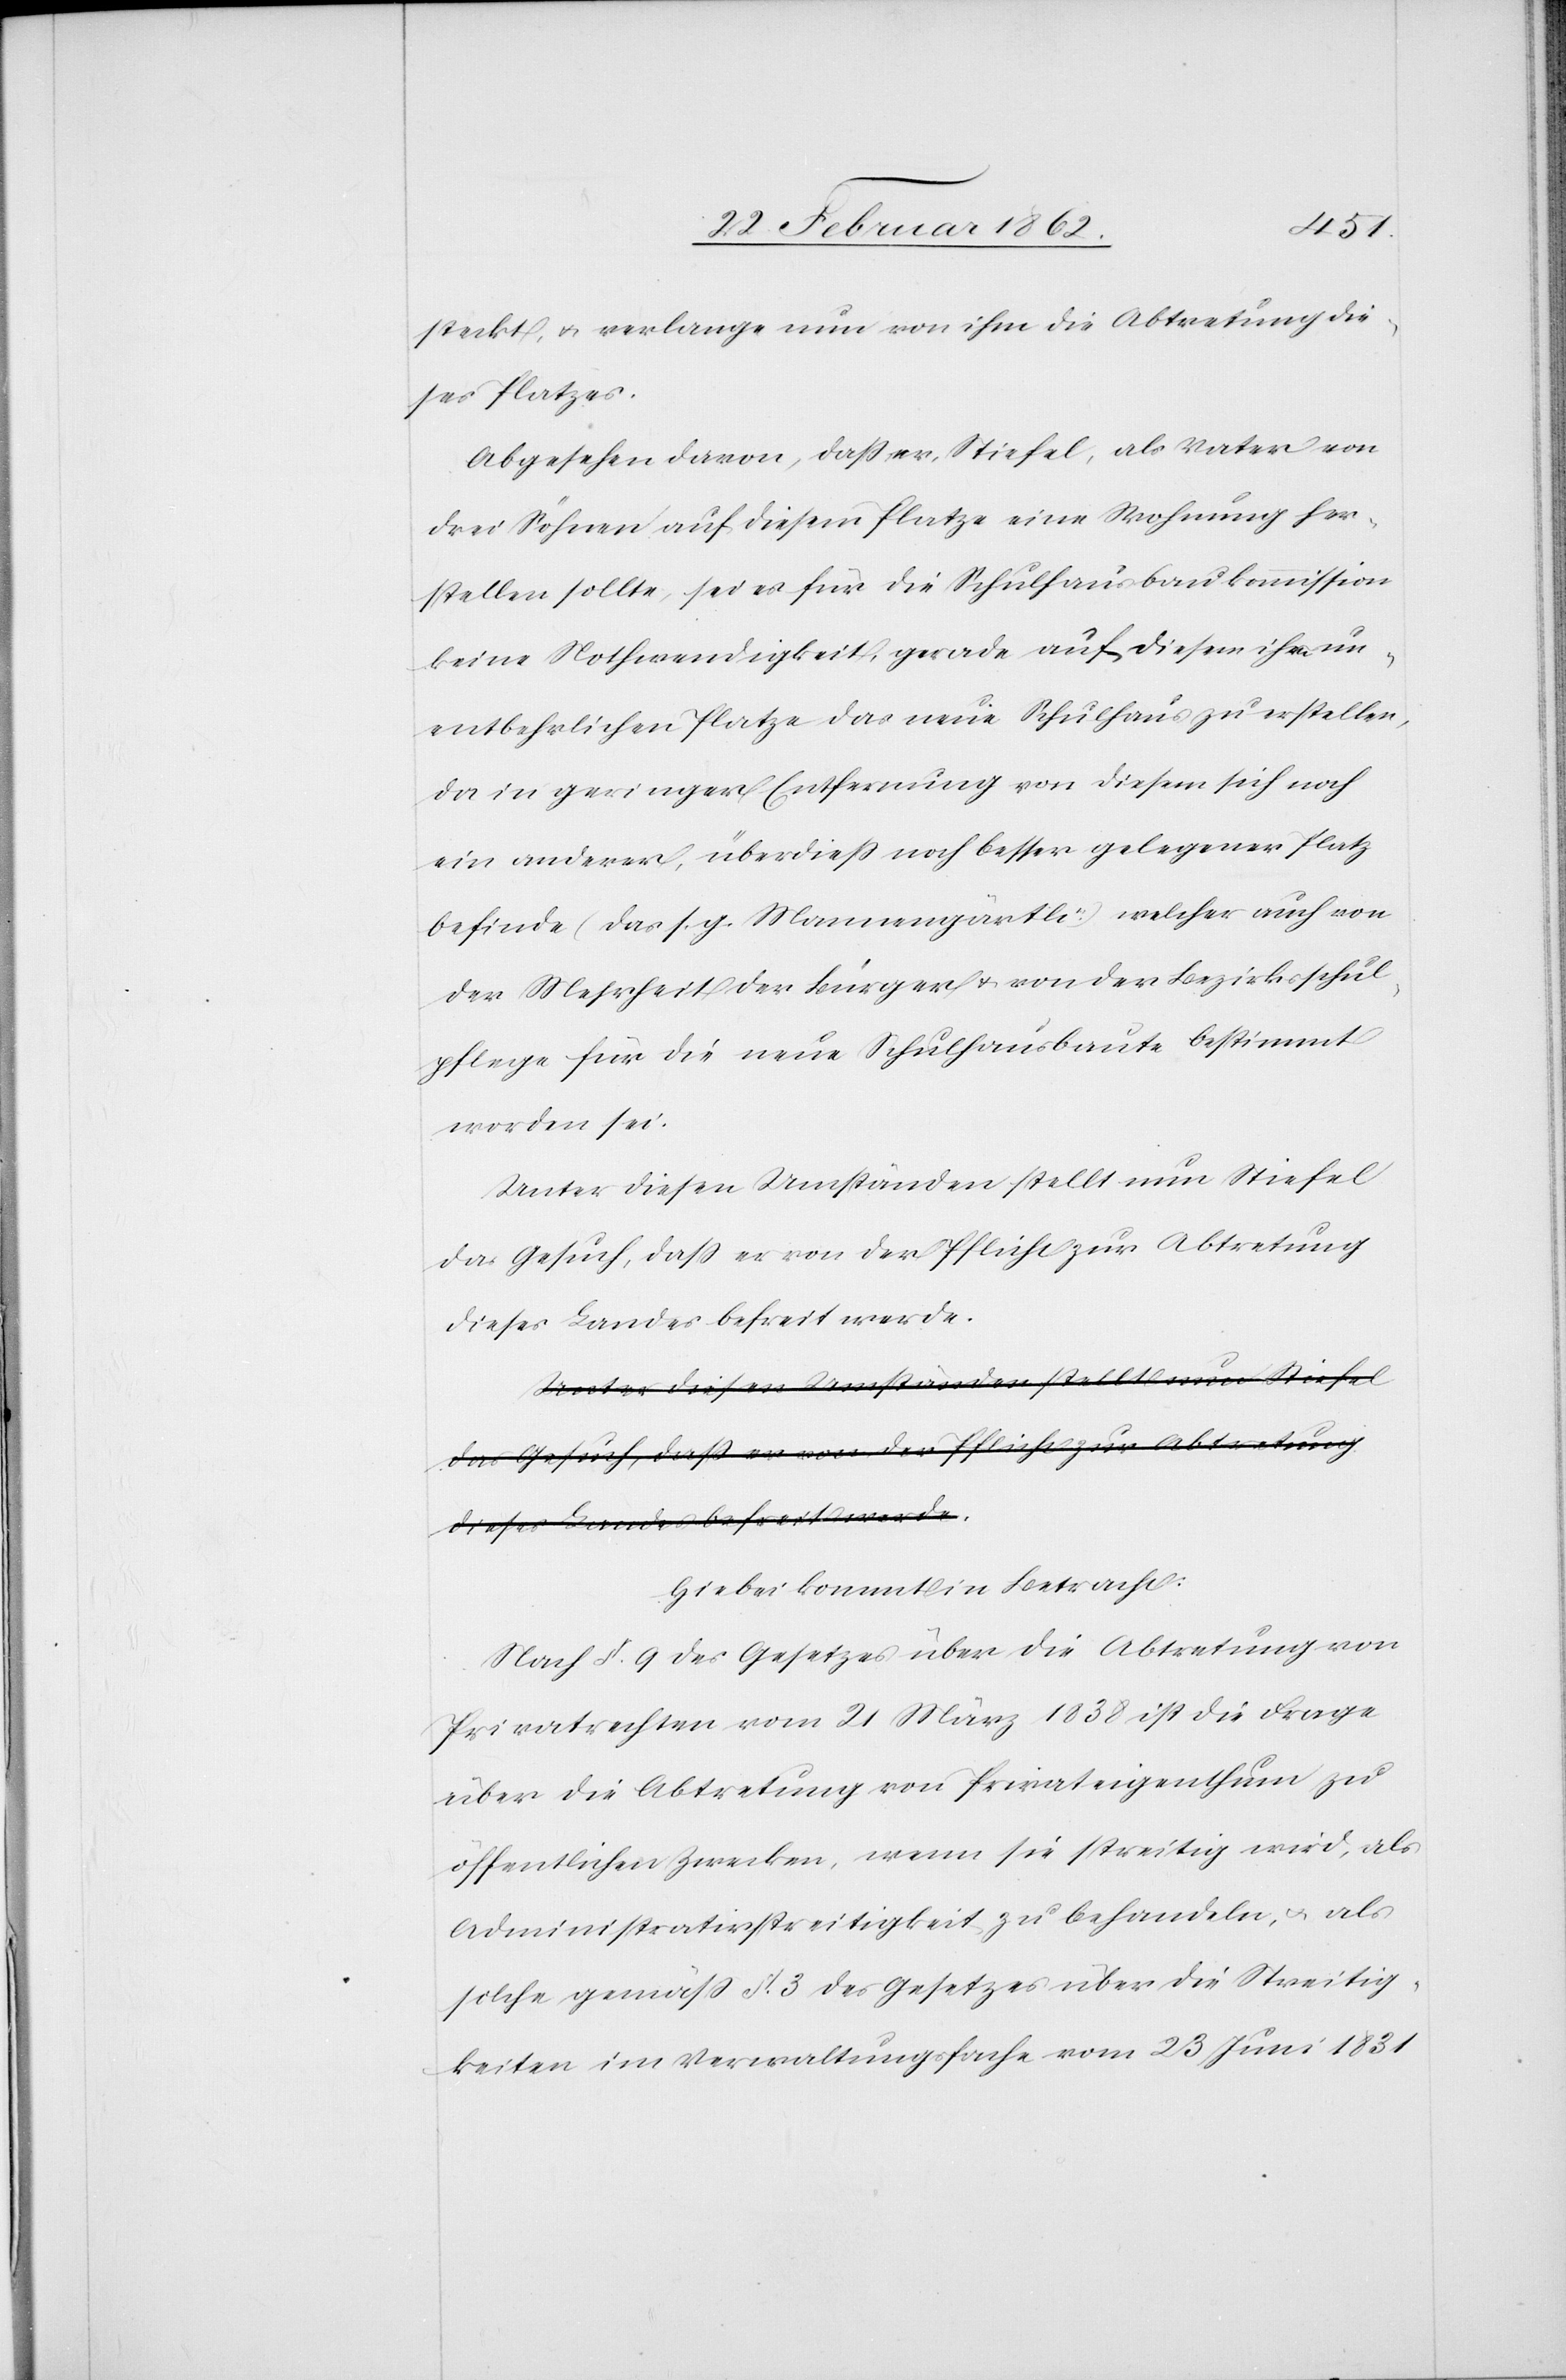
steckt, u. verlange nun von ihm die Abtretung die¬
ses Platzes.
Abgesehen davon, daß er, Stiefel, als Vater von
drei Söhnen auf diesem Platze eine Wohnung her¬
stellen sollte, sei es für die Schulhausbaukommission
keine Nothwendigkeit, gerade auf diesem ihm un¬
entbehrlichen Platze das neue Schulhaus zu erstellen,
da in geringer Entfernung von diesem sich noch
ein anderer, überdieß noch besser gelegener Platz
befinde (das s. g. Mannengärtli) welcher auch von
der Mehrheit der Bürger u. von der Bezirksschul¬
pflege für die neue Schulhausbaute bestimmt
worden sei.
Unter diesen Umständen stellt nun Stiefel
das Gesuch, daß er von der Pflicht zur Abtretung
dieses Landes befreit werde.
Hiebei kommt in Betracht:
Nach §. 9 des Gesetzes über die Abtretung von
Privatrechten vom 21 März 1838 ist die Frage
über die Abtretung von Privateigenthum zu
öffentlichen Zwecken, wenn sie streitig wird, als
Administrativstreitigkeit zu behandeln, u. als
solche gemäß §. 3 des Gesetzes über die Streitig¬
keiten im Verwaltungsfache vom 23 Juni 1831